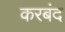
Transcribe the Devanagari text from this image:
करबंद